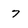
Character: 7